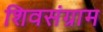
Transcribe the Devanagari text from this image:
शिवसंग्राम